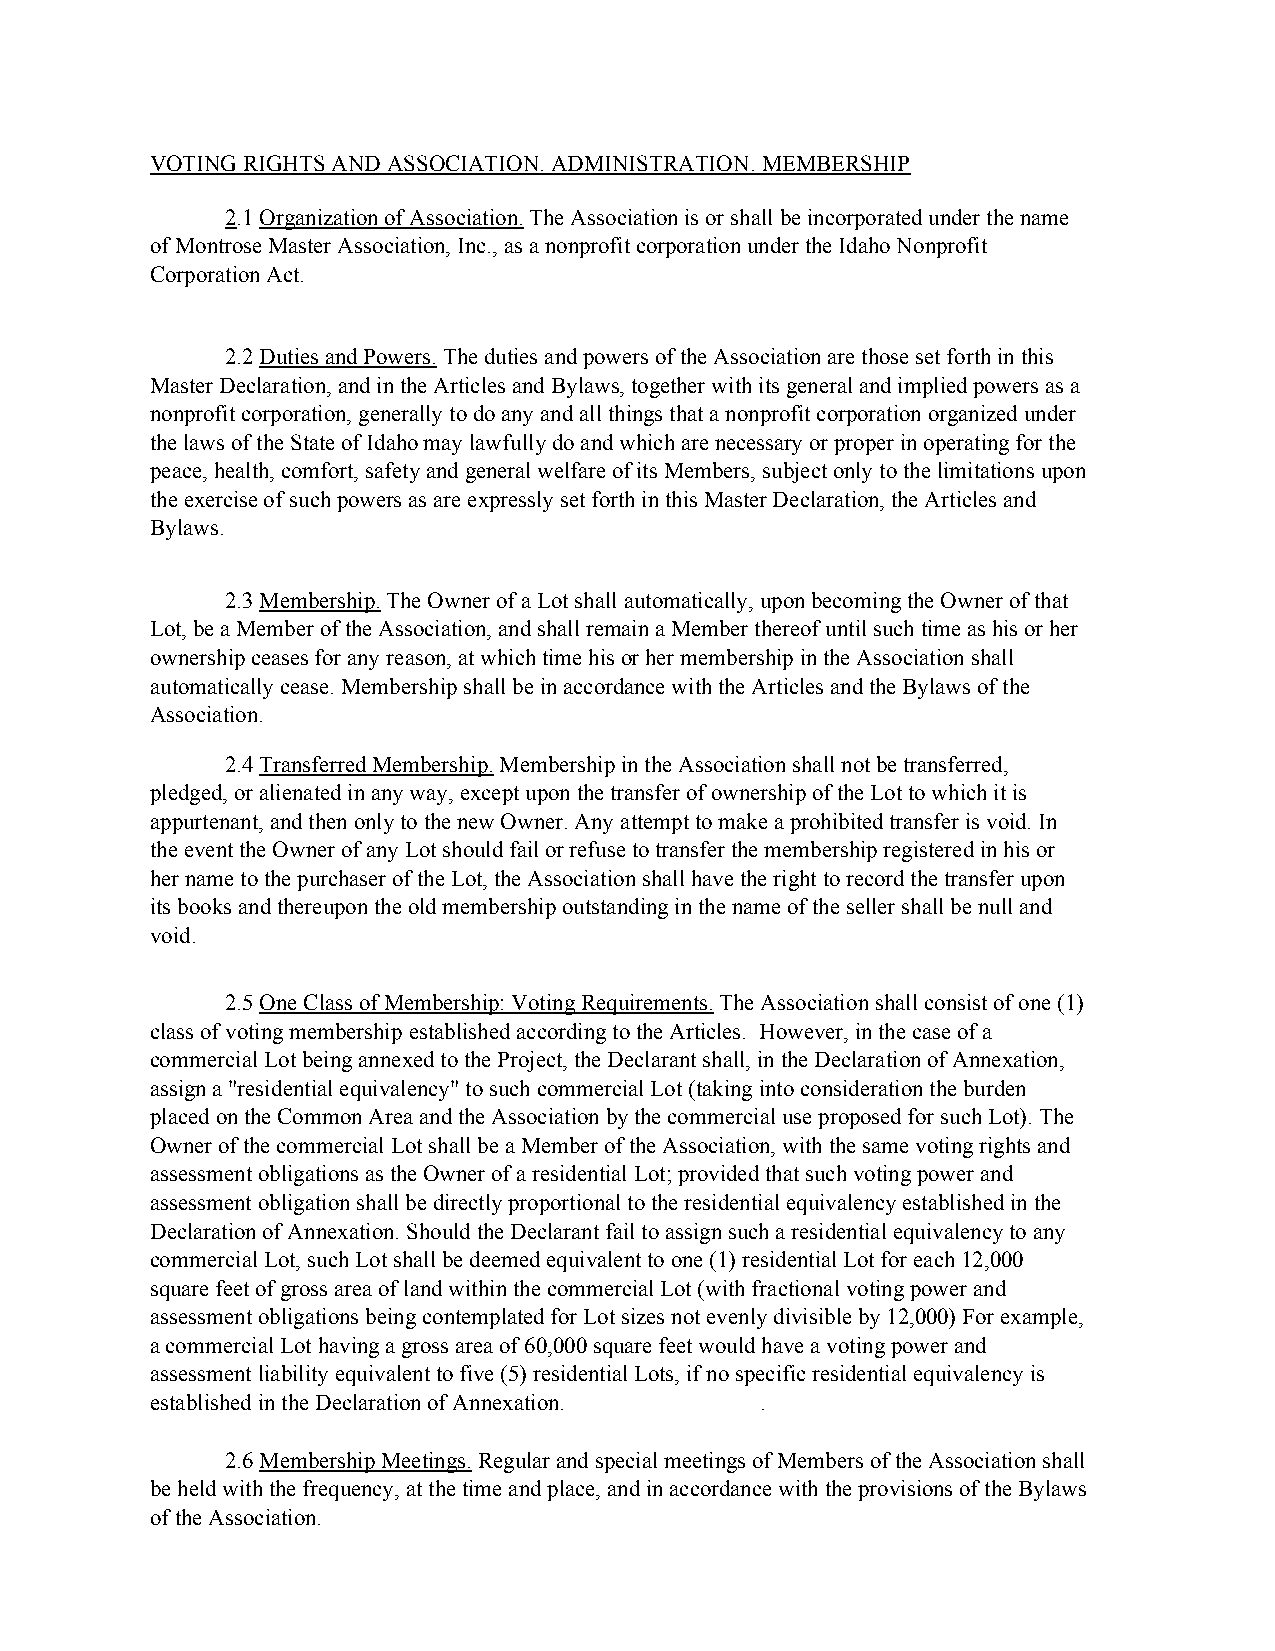
VOTING RIGHTS AND ASSOCIATION. ADMINISTRATION. MEMBERSHIP
 2.1 Organization of Association. The Association is or shall be incorporated under the name
 of Montrose Master Association, Inc., as a nonprofit corporation under the Idaho Nonprofit
 Corporation Act.
 2.2 Duties and Powers. The duties and powers of the Association are those set forth in this
 Master Declaration, and in the Articles and Bylaws, together with its general and implied powers as a
 nonprofit corporation, generally to do any and all things that a nonprofit corporation organized under
 the laws of the State of Idaho may lawfully do and which are necessary or proper in operating for the
 peace, health, comfort, safety and general welfare of its Members, subject only to the limitations upon
 the exercise of such powers as are expressly set forth in this Master Declaration, the Articles and
 Bylaws.
 2.3 Membership. The Owner of a Lot shall automatically, upon becoming the Owner of that
 Lot, be a Member of the Association, and shall remain a Member thereof until such time as his or her
 ownership ceases for any reason, at which time his or her membership in the Association shall
 automatically cease. Membership shall be in accordance with the Articles and the Bylaws of the
 Association.
 2.4 Transferred Membership. Membership in the Association shall not be transferred,
 pledged, or alienated in any way, except upon the transfer of ownership of the Lot to which it is
 appurtenant, and then only to the new Owner. Any attempt to make a prohibited transfer is void. In
 the event the Owner of any Lot should fail or refuse to transfer the membership registered in his or
 her name to the purchaser of the Lot, the Association shall have the right to record the transfer upon
 its books and thereupon the old membership outstanding in the name of the seller shall be null and
 void.
 2.5 One Class of Membership: Voting Requirements. The Association shall consist of one (1)
 class of voting membership established according to the Articles. However, in the case of a
 commercial Lot being annexed to the Project, the Declarant shall, in the Declaration of Annexation,
 assign a "residential equivalency" to such commercial Lot (taking into consideration the burden
 placed on the Common Area and the Association by the commercial use proposed for such Lot). The
 Owner of the commercial Lot shall be a Member of the Association, with the same voting rights and
 assessment obligations as the Owner of a residential Lot; provided that such voting power and
 assessment obligation shall be directly proportional to the residential equivalency established in the
 Declaration of Annexation. Should the Declarant fail to assign such a residential equivalency to any
 commercial Lot, such Lot shall be deemed equivalent to one (1) residential Lot for each 12,000
 square feet of gross area of land within the commercial Lot (with fractional voting power and
 assessment obligations being contemplated for Lot sizes not evenly divisible by 12,000) For example,
 a commercial Lot having a gross area of 60,000 square feet would have a voting power and
 assessment liability equivalent to five (5) residential Lots, if no specific residential equivalency is
 established in the Declaration of Annexation. .
 2.6 Membership Meetings. Regular and special meetings of Members of the Association shall
 be held with the frequency, at the time and place, and in accordance with the provisions of the Bylaws
 of the Association.